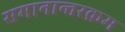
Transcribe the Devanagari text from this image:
समानान्तरक्रम